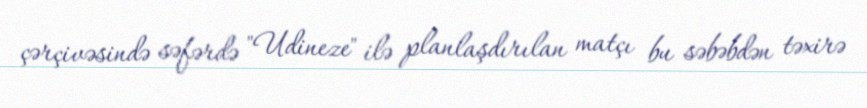
çərçivəsində səfərdə "Udineze" ilə planlaşdırılan matçı bu səbəbdən təxirə